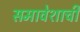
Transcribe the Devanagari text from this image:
समावेशाची